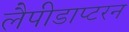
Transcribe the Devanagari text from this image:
लैपीडाप्टरन